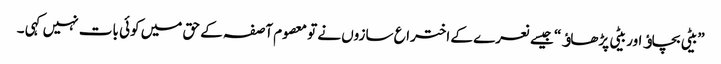
”بیٹی بچاﺅ اور بیٹی پڑھاﺅ“ جیسے نعرے کے اختراع سازوں نے تو معصوم آصفہ کے حق میں کوئی بات نہیں کہی ۔